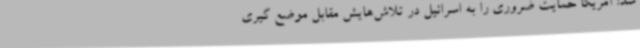
شد: آمریکا حمایت ضروری را به اسرائیل در تلاش‌هایش مقابل موضع گیری